Tezpur Lunatic Asylum reports 1877-1894 - 1877-1894
Year: 1877
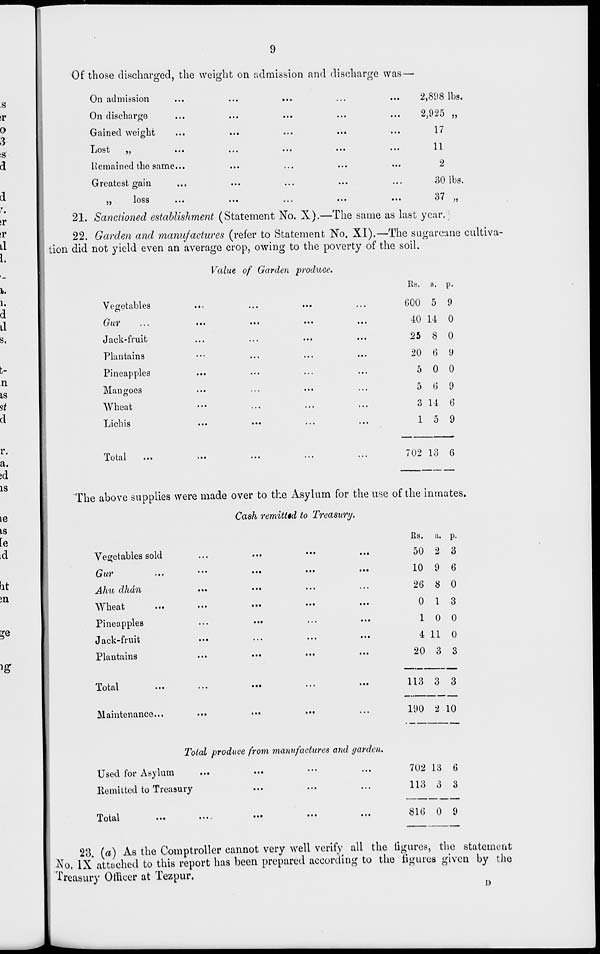
Of those discharged, the weight on admission and discharge was—
On admission
On discharge
Gained weight
Lost
,,
...
Remained the same...
Greatest gain
J>
• ••
••«.
...
•••
2jb;'o lbs.
• •■
...
...
...
—; . ' _- ■ )
)y
• ■ •
•••
•••
...
1(
...
• • •
• • .
...
11
• •I
...
■ * .
...
£l
• ••
...
•••
...
oUlDS.
lubs
...
...
,,,
...
...
o i ,,
21. Sanctioned establishment (Statement No. X).—The same as last year. ;
22. Garden and manujactures (refer to Statement No. XI).—The sugarcane cultiva-
tion did not yield even an average crop, owing to the poverty of the soil.
Value of Garden produce.
Vegetables
Gur
Jack-fruit
Plantains
Pineapples
Mangoes
Wheat
Lichis
Total
...
The above supplies were made over to the Asylum for the use of the inmates.
Cash remittid to Treasury.
Vegetables sold
Gur
Aim dhdn
Wheat
Pineapples
Jack-fruit
Plantains
Total
Maintenance...
Rs. a. P-
600 5 9
40 14 0
25 8 0
20 6 9
5 0 0
5 (5 9
3 14 6
1 5 9
702 13 6
Rs. a. P-
50 2 3
10 9 6
26 8 0
0 1 3
1 0 0
4 11 0
20 O 3
113 3 3
190 2 10
'Total produce from manufactures and garden.
Used for Asylum
Remitted to Treasury
Total
702 13 6
113 3 3
816 0 9
23. (a) As the Comptroller cannot very well verify all the figures, the statement
No. IX attached to this report has been prepared according to the figures given by the
treasury Omeer at Tezpur.